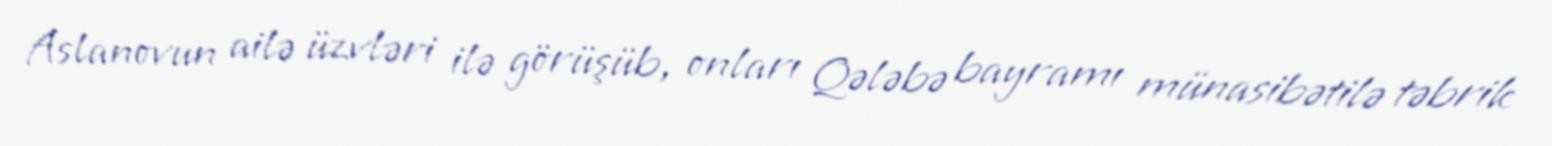
Aslanovun ailə üzvləri ilə görüşüb, onları Qələbə bayramı münasibətilə təbrik